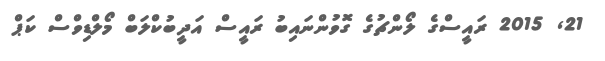
21